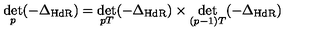
\det _ { p } ( - \Delta _ { \mathrm { H d R } } ) = \det _ { p T } ( - \Delta _ { \mathrm { H d R } } ) \times \det _ { ( p - 1 ) T } ( - \Delta _ { \mathrm { H d R } } )